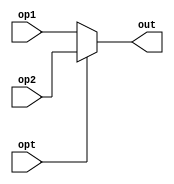
module mux(
    input opt,
    input [31:0] op1,
    input [31:0] op2,
    output [31:0] out
    );
    
assign out = opt ? op2 : op1;

endmodule